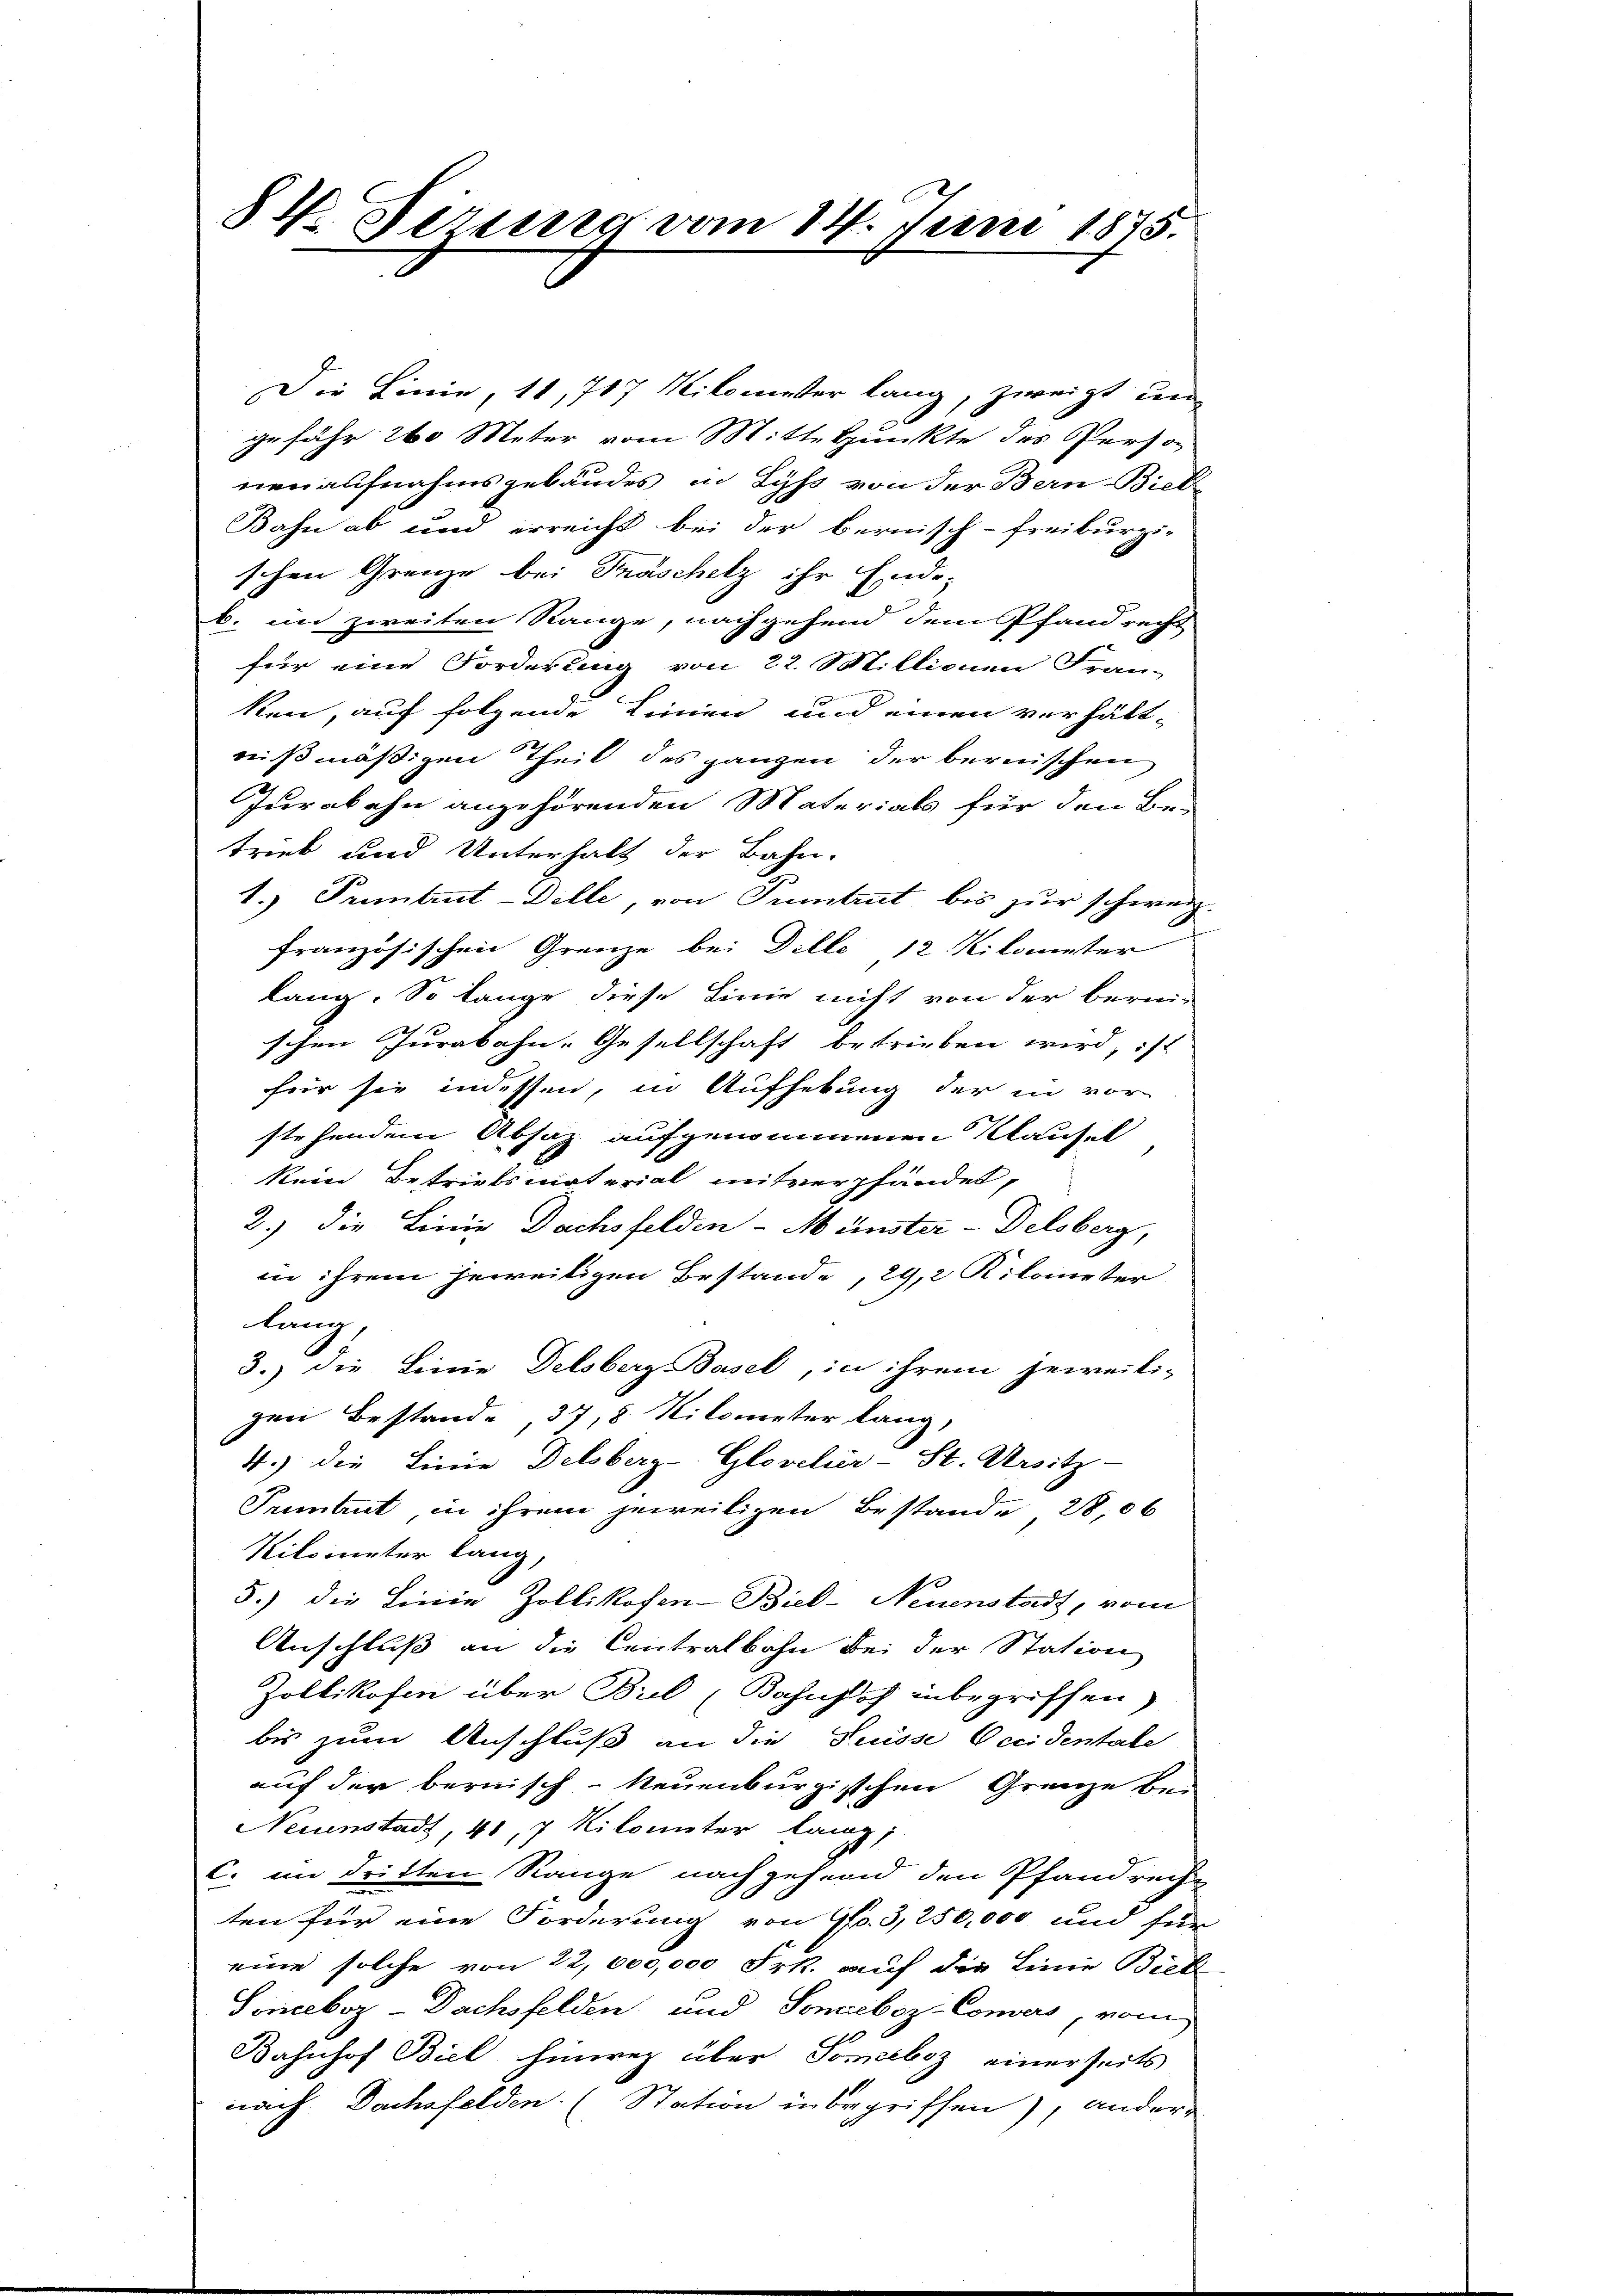
84. Fernung vom 14. Juni 1875.

Die Linie, 11, 787 Nikomiser lang, zweigt und
gefähr 260 Meter vom Mittelpunkte des Person
nenaufnahmsgebäudes in Lyß von der Bern-Bieb-
Bahn ab und erreicht bei der bernisch-Freiburgi-
schen Grenze bei Fräschelz ihr Ende-
b. in zweiten Range, nachgehend dem Pfandrecht
für eine Forderung von 22. Millionen Fran-
ken, auf folgende Linien und einen verhält-
nißmäßigen Theil des ganzen der bernischen
Jurabahn angehörenden Materials für den Be-
trieb und Unterhalt der Bahn-
1.) Prembrut-Delle, von Pruntrut bis zur schweiz.
französischen Grenze bei Dille 12 Kilometer
lang. So lange diese Linie nicht von der berei-
schen Jurabahn-Gesellschaft betrieben wird, ist
für sie indessen, in Aufhebung der in vor
stehenden Absaz aufgenommenen Klausel
kein Betriebsmaterial mitverpfändet,
2.) Die Linie Dachsfelden-Münster-Delsberg,
in ihrem jeweiligen Bestande, 29,2 Kilometer
lang,
3.) die Linie Delsberg Basel, in ihrem jeweili-
gen Bestand 37, 8 Kilometer lang,
4.) Die Linie Delsberg-Glovclier-St. Ursitz-
Pruntrut, in ihrem jeweiligen Bestande 28,06
Kilometer lang,
5.) Die Linie Zollikofen-Biel-Neuenstadt, vom
Anschluß an die Centralbahn bei der Station
Zollikofen über Biel (Bahnhof inbegriffen)
bis zum Anschluß an die Suisse Occidentale
auf der bernisch-Neuenburgischen Grenze be-
Neinstadt, 41, 7 Kilometer lang,
C. im dritten Range nachgehend den Pfandreche
ten für eine Forderung von G. 3,250,000 und für
eine solche von 22,000,000 Frk. auf die Linie Biel
Soneboz - Dachsfelden und Sonceboz-Comers, vom
Bahnhof Biel hinweg über Someboz einerseits
nach Dachsfelden (Station in begriffen), andere